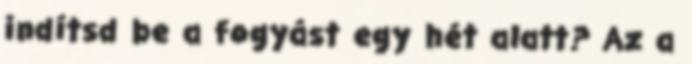
indítsd be a fogyást egy hét alatt? Az a